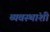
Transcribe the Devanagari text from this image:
व्यवस्थांशी